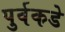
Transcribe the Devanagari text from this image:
पुर्वकडे